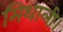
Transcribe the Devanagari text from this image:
मिथाली।